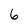
Character: 6